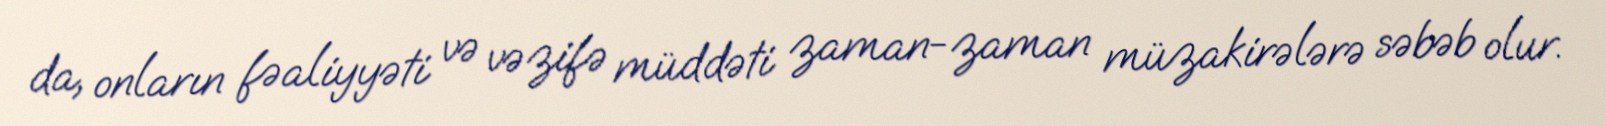
da, onların fəaliyyəti və vəzifə müddəti zaman-zaman müzakirələrə səbəb olur.